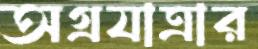
অগ্রযাত্রার